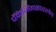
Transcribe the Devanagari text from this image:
पॅकेजिंगसारखेच